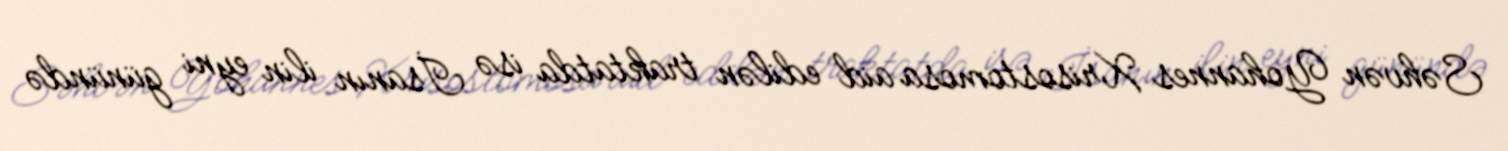
Səhvən Yohannes Xrisostomosa aid edilən traktatda isə İsanın ilin eyni günündə